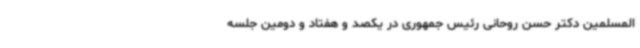
المسلمین دکتر حسن روحانی رئیس جمهوری در یکصد و هفتاد و دومین جلسه